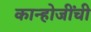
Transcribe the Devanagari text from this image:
कान्होजींची